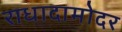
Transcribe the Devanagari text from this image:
राधादामोदर